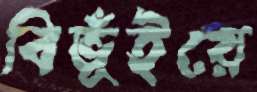
বিভূঁইয়ে